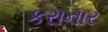
કરાનાર